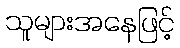
သူများအနေဖြင့်